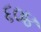
૬૦૪